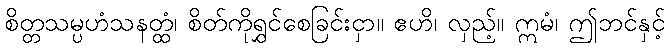
စိတ္တသမ္ပဟံသနတ္ထံ၊ စိတ်ကိုရွှင်စေခြင်းငှာ။ ဧဟိ၊ လှည့်။ ဣမံ၊ ဤဘင်နှင့်